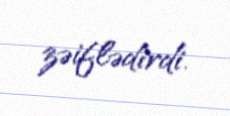
zəiflədirdi.